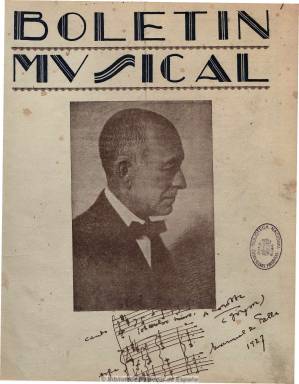
Título: Boletín musical (Córdoba)
Colección: Música
Ámbito geográfico: Córdoba
Lugar de publicación: Córdoba
Fechas: 01/03/1928-30/04/1931

Publicación mensual editada en Córdoba durante el final de la dictadura de Primo de Rivera y el inicio de la II República, considerada de una gran calidad, pluralismo y prestigio, de excelente contenido bien documentado, que contó con colaboradores en las principales provincias españolas, así como en París, Milán, Atenas y otras capitales de Sudamérica. Dedicada al arte musical en todas sus vertientes, desde el religioso, al clásico, lírico y popular, contiene artículos y estudios de técnica, historia y de carácter profesional, biografía, bibliografía, crónicas e informaciones sobre orquestas, bandas y orfeones, teatros, conciertos y festivales y educación (conservatorios y escuelas). Colaboran profesores, compositores, directores, críticos y publicistas. Dirigido por Rafael Serrano Palma, entre sus firmas aparecen las de Joaquín Turina, José Subirá, Rogelio Villar, Ricardo Villa, Paulino Cuevas, B. Pérez Casas o Emilio Díez Revenga. Editada en números de variada paginación, con cubierta, incluye fotografías, preferentemente de artistas, compositores y directores orquestales, así como publicidad, muy abundante en algunos de sus números. La colección de la Biblioteca Nacional contiene 37 números.